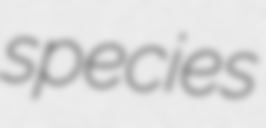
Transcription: species